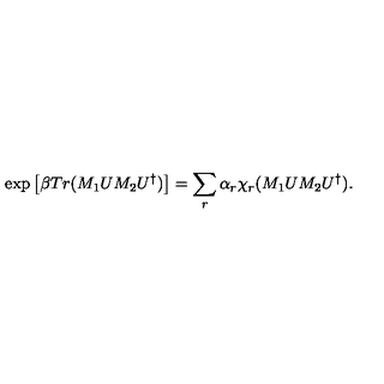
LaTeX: \exp \left[ \beta T r ( M _ { 1 } U M _ { 2 } U ^ { \dagger } ) \right] = \sum _ { r } \alpha _ { r } \chi _ { r } ( M _ { 1 } U M _ { 2 } U ^ { \dagger } ) .